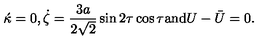
\acute { \kappa } = 0 , \dot { \zeta } = \frac { 3 a } { 2 \sqrt { 2 } } \sin 2 \tau \cos \tau \mathrm { a n d } U - \bar { U } = 0 .